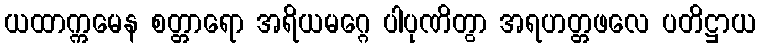
ယထာက္ကမေန စတ္တာရော အရိယမဂ္ဂေ ပါပုဏိတွာ အရဟတ္တဖလေ ပတိဋ္ဌာယ